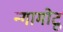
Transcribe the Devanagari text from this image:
न्गामोटू